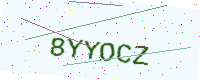
Text: 8YYOCZ